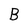
Character: B